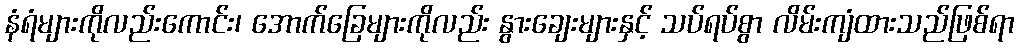
နံရံများကိုလည်းကောင်း၊ အောက်ခြေများကိုလည်း နွားချေးများနှင့် သပ်ရပ်စွာ လိမ်းကျံထားသည်ဖြစ်ရာ